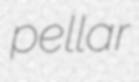
pellar